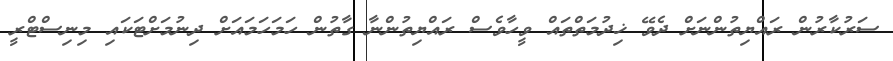
ސަރުކާރުން ރައްޔިތުންނަށް ދެވޭ ޚިދުމަތްތައް ވީހާވެސް ރައްޔިތުންނާ ގާތުން ހަމަހަމައަށް ދިނުމަށްޓަކައި މިނިސްޓްރީ